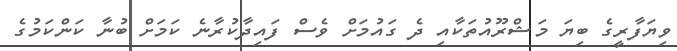
ވިޔަފާރީގެ ބިޔަ މަޝްރޫއުތަކާއި ދެ ގައުމަށް ވެސް ފައިދާކުރާނެ ކަމަށް ބުނާ ކަންކަމުގެ